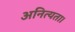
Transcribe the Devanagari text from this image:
अनित्यता।